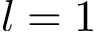
l = 1